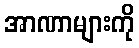
အာဏာများကို